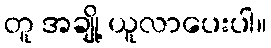
တူ အချို့ ယူလာပေးပါ။